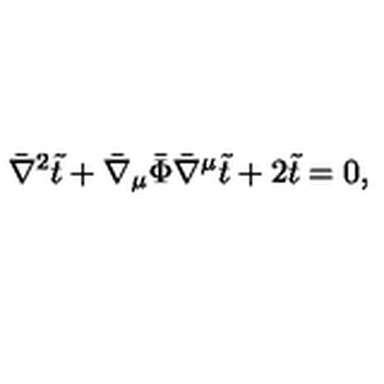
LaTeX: \bar { \nabla } ^ { 2 } \tilde { t } + \bar { \nabla } _ { \mu } \bar { \Phi } \bar { \nabla } ^ { \mu } \tilde { t } + 2 \tilde { t } = 0 ,